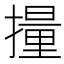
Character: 𫾄